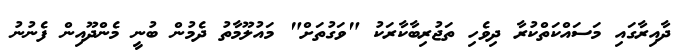
ދާއިރާގައި މަސައްކަތްކުރާ ދިވެހި ތަޖުރިބާކާރަކު "ވަގުތަށް" މައުލޫމާތު ދެމުން ބުނީ މެންދޫއިން ފެނުނު